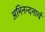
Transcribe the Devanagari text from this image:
अभिनन्दनार्थ